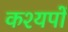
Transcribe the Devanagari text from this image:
कश्यपों